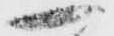
一